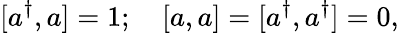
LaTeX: \lbrack a^{\dagger},a]=1;\quad\left[a,a\right]=[a^{\dagger},a^{\dagger}]=0,